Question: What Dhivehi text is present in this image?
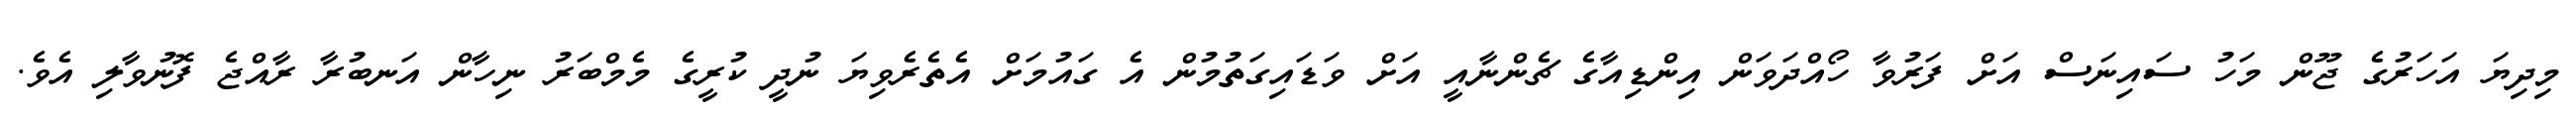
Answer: މިދިޔަ އަހަރުގެ ޖޫން މަހު ސައިނަސް އަށް ފަރުވާ ހޯއްދަވަން އިންޑިއާގެ ޗެންނާއީ އަށް ވަޑައިގަތުމުން އެ ގައުމަށް އެތެރެވިޔަ ނުދީ ކުރީގެ މެމްބަރު ނިހާން އަނބުރާ ރާއްޖެ ފޮނުވާލި އެވެ.